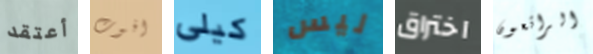
أعتقد افوت كيلى ليس اختراق الرائعون